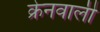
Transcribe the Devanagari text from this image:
क्रेनवाली